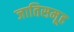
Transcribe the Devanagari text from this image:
जातिसमूह